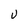
Character: U